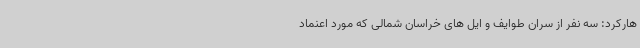
هارکرد: سه نفر از سران طوایف و ایل های خراسان شمالی که مورد اعنماد